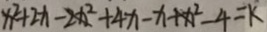
x ^ { 2 } + 2 x - 2 x ^ { 2 } + 4 x - x + x ^ { 2 } - 4 = k